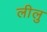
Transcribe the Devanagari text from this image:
लीलु